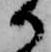
御